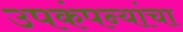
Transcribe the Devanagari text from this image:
उपकंपन्यांचा